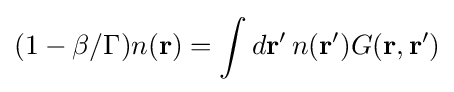
(1-\beta /\Gamma )n(\mathbf {r} )=\int d\mathbf {r} '\,n(\mathbf {r} ')G(\mathbf {r} ,\mathbf {r} ')